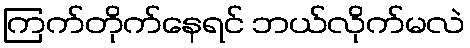
ကြက်တိုက်နေရင် ဘယ်လိုက်မလဲ